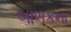
બાળકના